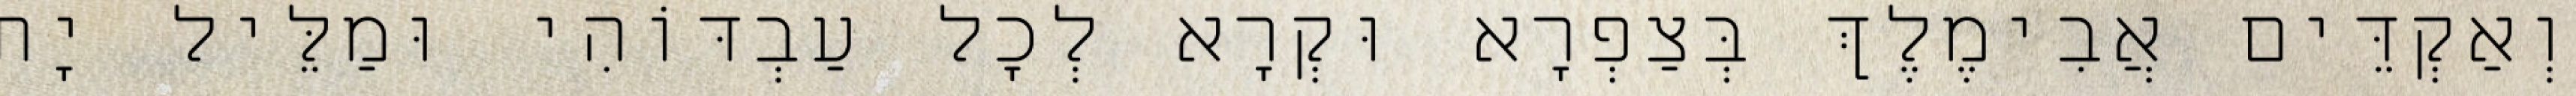
וְאַקְדֵּים אֲבִימֶלֶךְ בְּצַפְרָא וּקְרָא לְכָל עַבְדּוֹהִי וּמַלֵּיל יָת